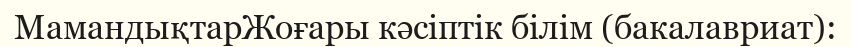
MамандықтарЖоғары кәсіптік білім (бакалавриат):